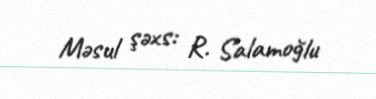
Məsul şəxs: R. Salamoğlu